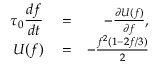
\begin{array} { r l r } { \displaystyle \tau _ { 0 } \frac { d f } { d t } } & { { } = } & { - \frac { \partial U ( f ) } { \partial f } , } \\ { U ( f ) } & { { } = } & { - \frac { f ^ { 2 } ( 1 - 2 f / 3 ) } { 2 } } \end{array}